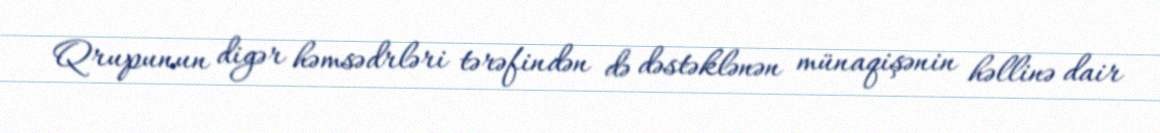
Qrupunun digər həmsədrləri tərəfindən də dəstəklənən münaqişənin həllinə dair